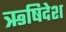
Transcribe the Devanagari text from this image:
ऋषिदेश